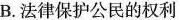
B.法律保护公民的权利